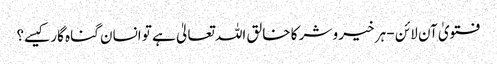
فتویٰ آن لائن - ہر خیر و شر کا خالق اللہ تعالیٰ ہے تو انسان گناہ گار کیسے؟